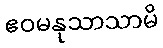
ဧဝမနုသာသာမိ